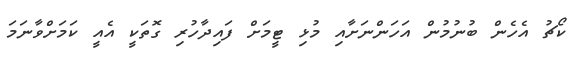
ކޯޗު އެހެން ބުނުމުން އަހަންނަށާއި މުޅި ޓީމަށް ފައިދާހުރި ގޮތަކީ އެއީ ކަމަށްވާނަމަ